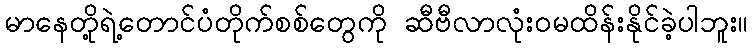
မာနေတို့ရဲ့တောင်ပံတိုက်စစ်တွေကို ဆီဗီလာလုံးဝမထိန်းနိုင်ခဲ့ပါဘူး။